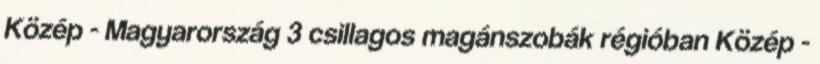
Közép - Magyarország 3 csillagos magánszobák régióban Közép -